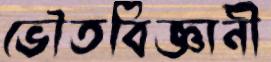
ভৌতবিজ্ঞানী